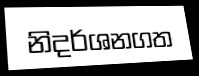
නිදර්ශනගත